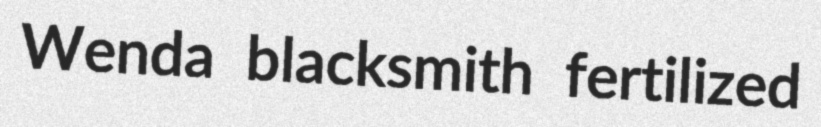
Wenda blacksmith fertilized